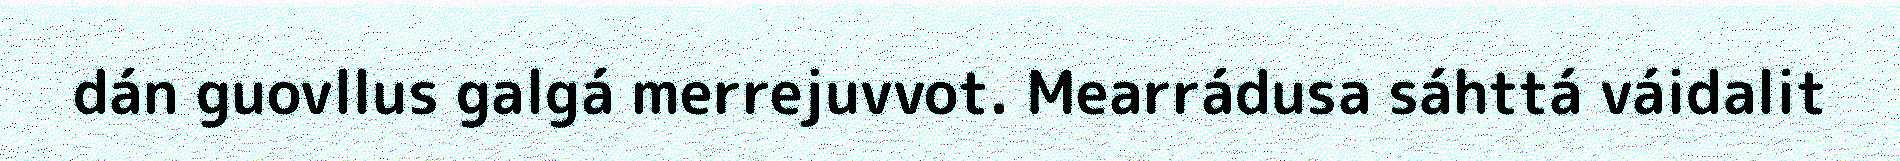
dán guovllus galgá merrejuvvot. Mearrádusa sáhttá váidalit